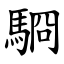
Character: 䮐